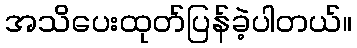
အသိပေးထုတ်ပြန်ခဲ့ပါတယ်။